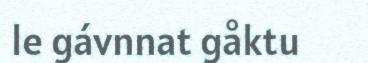
le gávnnat gåktu